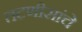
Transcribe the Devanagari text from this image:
तटणीसांचे